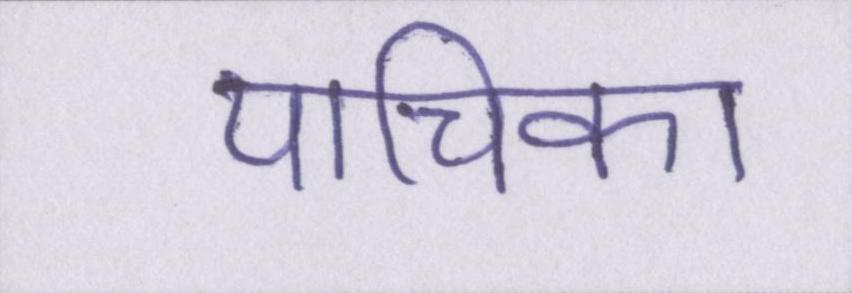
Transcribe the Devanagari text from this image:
याचिका